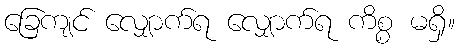
ခြေကျင် လျှောက်ရ လျှောက်ရ ကိစ္စ မရှိ။